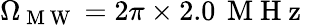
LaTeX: \Omega_{\mathrm{~M~W~}}=2\pi\times 2.0\, \mathrm{~M~H~z~}